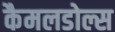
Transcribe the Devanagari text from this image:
कैमलडोल्स